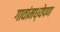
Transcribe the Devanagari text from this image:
गावांमध्येपण